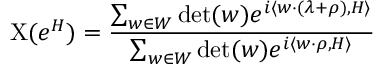
\mathrm { X } ( e ^ { H } ) = { \frac { \sum _ { w \in W } \operatorname* { d e t } ( w ) e ^ { i \langle w \cdot ( \lambda + \rho ) , H \rangle } } { \sum _ { w \in W } \operatorname* { d e t } ( w ) e ^ { i \langle w \cdot \rho , H \rangle } } }